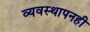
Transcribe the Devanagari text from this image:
व्यवस्थापनही